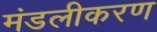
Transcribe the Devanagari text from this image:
मंडलीकरण